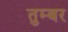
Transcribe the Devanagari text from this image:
तुम्बर